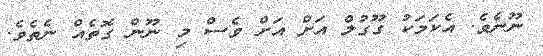
ނޫނެވެ. އެކަމަކު ގޫގުލް އަށް އަށް ވެސް މި ނޫން ގޮތެއް ނެތެވެ.